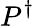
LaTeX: P^{\dagger}